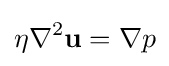
\eta \nabla ^{2}{\bf {u}}=\nabla p